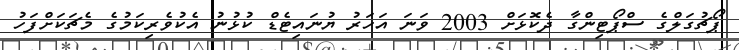
ޕޯޗުގަލްގެ ސްޕޯޓިންގާ ދެކޮޅަށް 2003 ވަނަ އަހަރު ޔުނައިޓެޑް ކުޅުނު އެކުވެރިކަމުގެ މެޗަކަށްފަހު